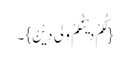
{لَکُمْ دِیْنُکُمْ وَلِیَ دِیْنٌ}۔